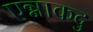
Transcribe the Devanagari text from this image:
एन्नाकदु